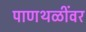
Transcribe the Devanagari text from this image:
पाणथळींवर